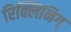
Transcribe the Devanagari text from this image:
रिक्लिनिग्